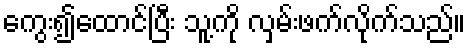
ကွေး၍ထောင်ပြီး သူ့ကို လှမ်းဖက်လိုက်သည်။